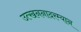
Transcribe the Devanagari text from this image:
उत्खननादरम्यान